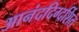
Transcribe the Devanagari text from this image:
आनंददिग्दर्शित